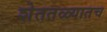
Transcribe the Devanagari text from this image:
शेततळ्यातच